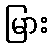
မြား